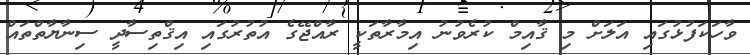
ވާހަކަފުޅުގައި އަލަށް މި ޤާއިމް ކުރެވުނު އިމާރާތަކީ ރާއްޖޭގެ އުތުރުގައި އިޤްތިސާދީ ސިނާޔާތްތައް